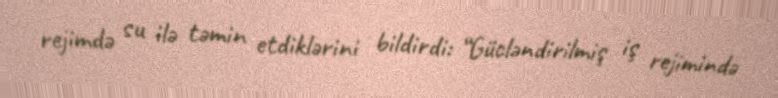
rejimdə su ilə təmin etdiklərini bildirdi: “Gücləndirilmiş iş rejimində